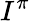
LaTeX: I^{\pi}